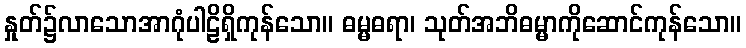
နှုတ်၌လာသောအာဂုံပါဠိရှိကုန်သော။ ဓမ္မဓရာ၊ သုတ်အဘိဓမ္မာကိုဆောင်ကုန်သော။